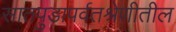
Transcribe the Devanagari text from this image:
सातपुडापर्वतश्रेणीतील